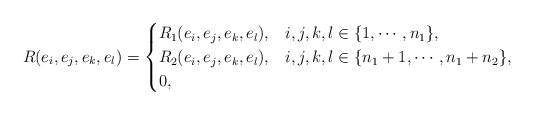
\begin{align*} R(e_i,e_j,e_k,e_l)= \begin{cases} R_1(e_i,e_j,e_k,e_l), & i,j,k,l \in \{1, \cdots, n_1\}, \\ R_2(e_i,e_j,e_k,e_l), & i,j,k,l \in \{n_1+1, \cdots, n_1+n_2\}, \\ 0, & \end{cases}\end{align*}